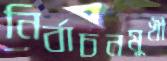
নির্বাচনমুখী